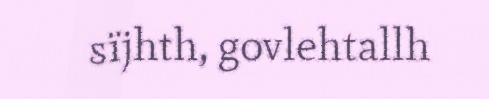
sïjhth, govlehtallh